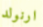
ارنولد